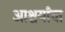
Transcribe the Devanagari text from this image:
आश्चर्यांचा